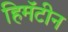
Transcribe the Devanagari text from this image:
हिमॅटीन